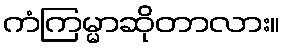
ကံကြမ္မာဆိုတာလား။